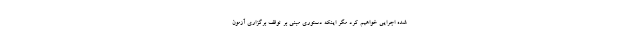
شده اجرایی خواهیم کرد مگر اینکه دستوری مبنی بر توقف برگزاری آزمون